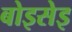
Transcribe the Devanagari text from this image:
बोइसेइ